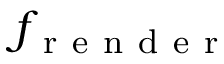
f _ { \mathrm { ~ r ~ e ~ n ~ d ~ e ~ r ~ } }